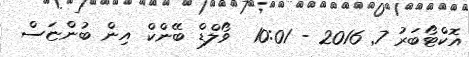
އޮކްޓޯބަރު 7